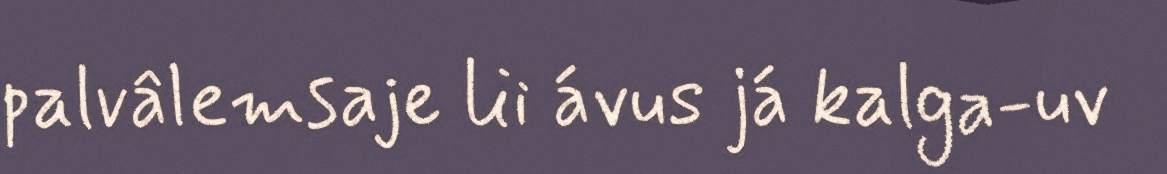
palvâlemsaje lii ávus já kalga-uv